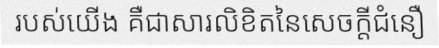
របស់យើង គឺជាសារលិខិតនៃសេចក្តីជំនឿ